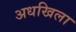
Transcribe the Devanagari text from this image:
अधखिला